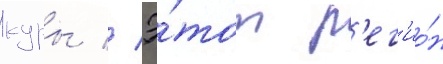
куры // Э́тот р'ег'ио́н